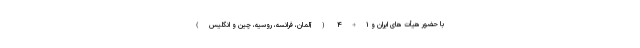
با حضور هیأت های ایران و ۱+۴ (آلمان، فرانسه، روسیه، چین و انگلیس)